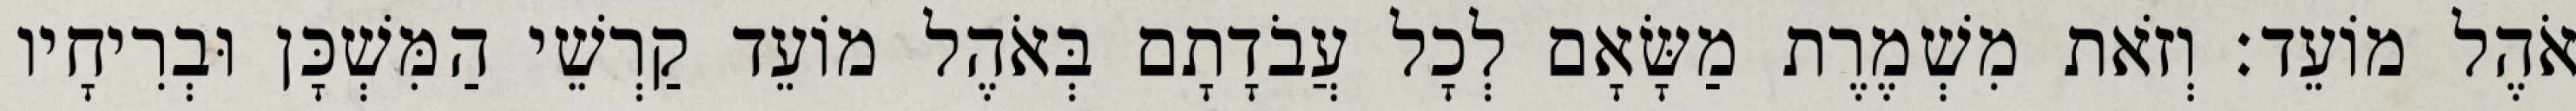
אֹהֶל מוֹעֵד׃ וְזֹאת מִשְׁמֶרֶת מַשָּׂאָם לְכָל עֲבֹדָתָם בְּאֹהֶל מוֹעֵד קַרְשֵׁי הַמִּשְׁכָּן וּבְרִיחָיו